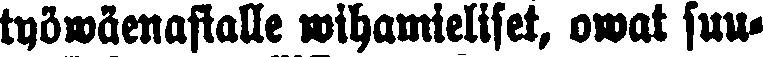
työwäenasialle wihamieliset, owat suu-